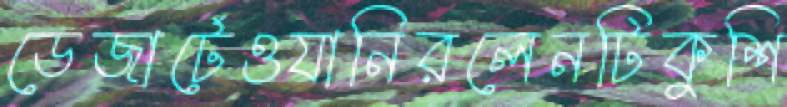
ডেজার্টেওযানিরলেনটিকুশি